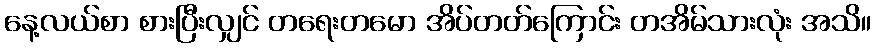
နေ့လယ်စာ စားပြီးလျှင် တရေးတမော အိပ်တတ်ကြောင်း တအိမ်သားလုံး အသိ။